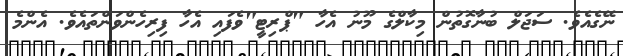
ނޭގެއެވެ. ސަޖަލް ބުނާގޮތުން މިކާލްގެ މޫނު އެހާ "ޕްރިޓީ"ވެފައި އެހާ ފިރިހެންވަންތައެވެ. އެންމެ